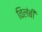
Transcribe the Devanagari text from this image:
विलंबी